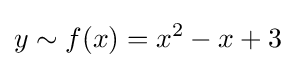
y\sim f(x)=x^{2}-x+3